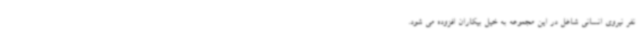
نفر نیروی انسانی شاغل در این مجموعه به خیل بیکاران افزوده می شود.